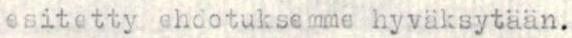
esitetty ehdotuksemme hyväksytään.